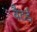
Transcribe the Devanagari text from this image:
बैटर्ड